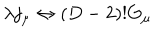
LaTeX: \lambda j _ { \mu } \leftrightarrow ( D - 2 ) ! G _ { \mu }